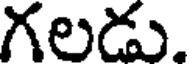
గలడు.